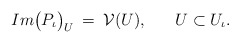
\begin{align*}Im \big( P_{\iota} \big)_U \: = \: {\cal V} (U), \hspace{0.7cm} U \subset U_{\iota}.\end{align*}